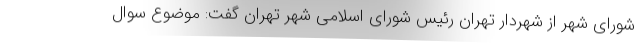
شورای شهر از شهردار تهران رئیس شورای اسلامی شهر تهران گفت: موضوع سوال